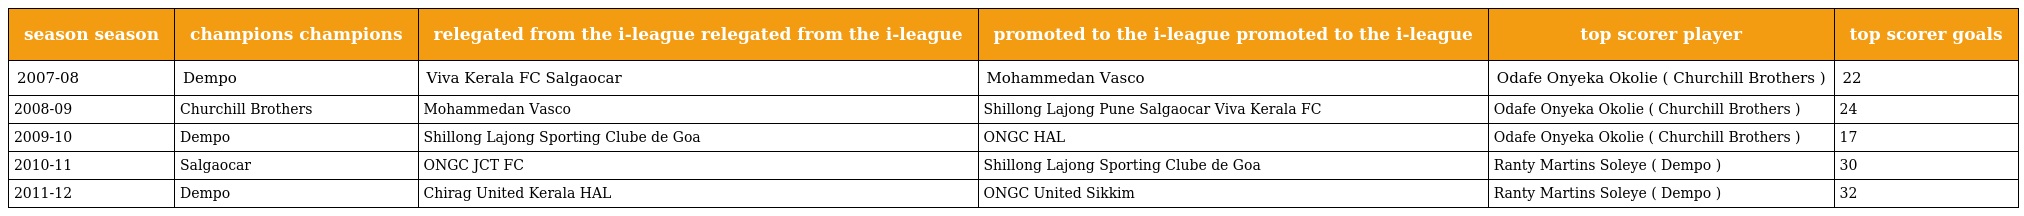
| season season | champions champions | relegated from the i-league relegated from the i-league | promoted to the i-league promoted to the i-league | top scorer player | top scorer goals |
 | --- | --- | --- | --- | --- | --- |
 | 2007-08 | Dempo | Viva Kerala FC Salgaocar | Mohammedan Vasco | Odafe Onyeka Okolie ( Churchill Brothers ) | 22 |
 | 2008-09 | Churchill Brothers | Mohammedan Vasco | Shillong Lajong Pune Salgaocar Viva Kerala FC | Odafe Onyeka Okolie ( Churchill Brothers ) | 24 |
 | 2009-10 | Dempo | Shillong Lajong Sporting Clube de Goa | ONGC HAL | Odafe Onyeka Okolie ( Churchill Brothers ) | 17 |
 | 2010-11 | Salgaocar | ONGC JCT FC | Shillong Lajong Sporting Clube de Goa | Ranty Martins Soleye ( Dempo ) | 30 |
 | 2011-12 | Dempo | Chirag United Kerala HAL | ONGC United Sikkim | Ranty Martins Soleye ( Dempo ) | 32 |